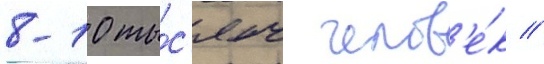
8-10 ты́с'яч челов'е́к //